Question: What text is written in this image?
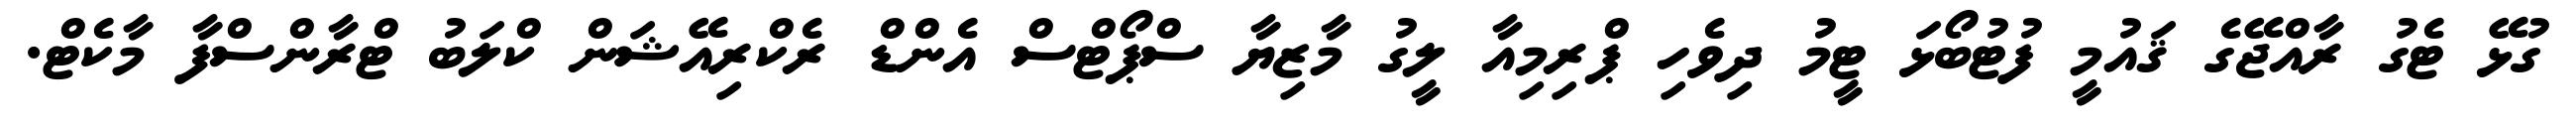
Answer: ގުޅޭ ޓެގު ރާއްޖޭގެ ޤައުމީ ފުޓުބޯޅަ ޓީމު ދިވެހި ޕްރިމިއާ ލީގު މާޒިޔާ ސްޕޯޓްސް އެންޑް ރެކްރިއޭޝަން ކްލަބު ޓްރާންސްފާ މާކެޓް.